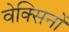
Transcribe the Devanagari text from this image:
वेक्सिनों